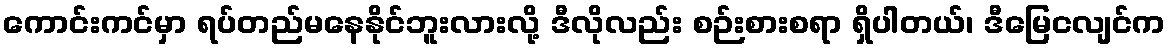
ကောင်းကင်မှာ ရပ်တည်မနေနိုင်ဘူးလားလို့ ဒီလိုလည်း စဉ်းစားစရာ ရှိပါတယ်၊ ဒီမြေငလျင်က